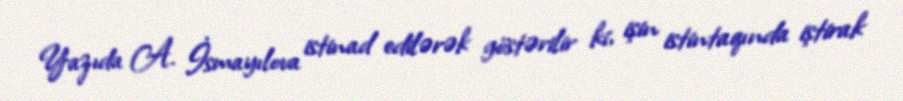
Yazıda A. İsmayılova istinad edilərək göstərilir ki, işin istintaqında iştirak